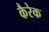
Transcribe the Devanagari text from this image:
कैरेक